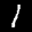
Label: 1